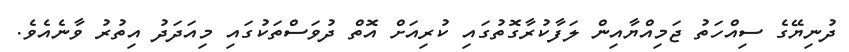
ދުނިޔޭގެ ސިއްހަތު ޖަމިއްޔާއިން ލަފާކުރާގޮތުގައި ކުރިއަށް އޮތް ދުވަސްތަކުގައި މިއަދަދު އިތުރު ވާނެއެވެ.